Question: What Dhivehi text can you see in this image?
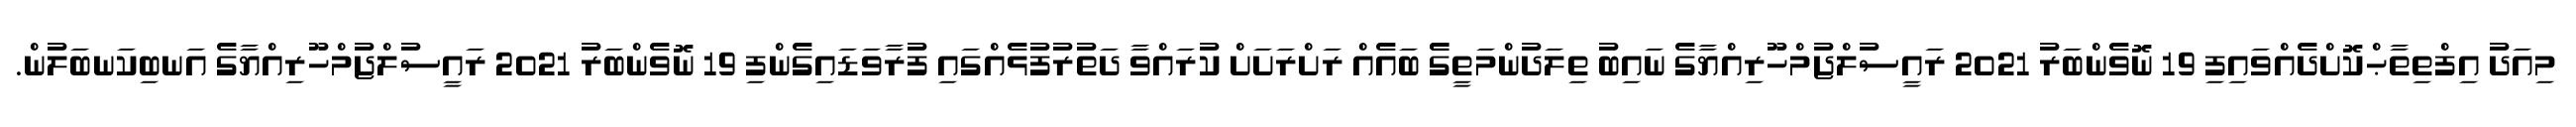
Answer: މިއަދު އިފްތިތާޙްކޮށްދެއްވައިފި 19 ނޮވެންބަރު 2021 ރައީސުލްޖުމްހޫރިއްޔާގެ ނައިބު ތިލަދުންމަތީގެެ ބައެއް ރަށްރަށަށް ކުރައްވާ ދަތުރުފުޅެއްގައި ފުރާވަޑައިގެންފި 19 ނޮވެންބަރު 2021 ރައީސުލްޖުމްހޫރިއްޔާގެ އަނބިކަނބަލުން.